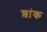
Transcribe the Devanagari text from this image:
शांक